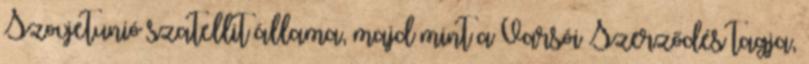
Szovjetunió szatellit állama, majd mint a Varsói Szerződés tagja,